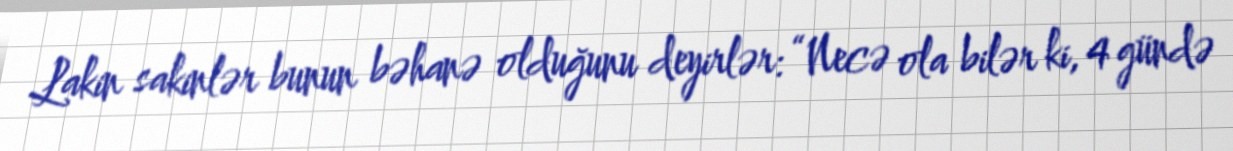
Lakin sakinlər bunun bəhanə olduğunu deyirlər: “Necə ola bilər ki, 4 gündə